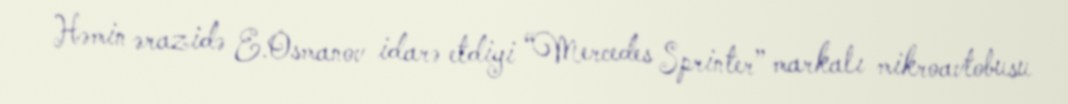
Həmin ərazidə E.Osmanov idarə etdiyi “Mercedes Sprinter” markalı mikroavtobusu